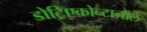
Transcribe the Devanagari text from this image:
डोट्रिएकोन्टानॉल